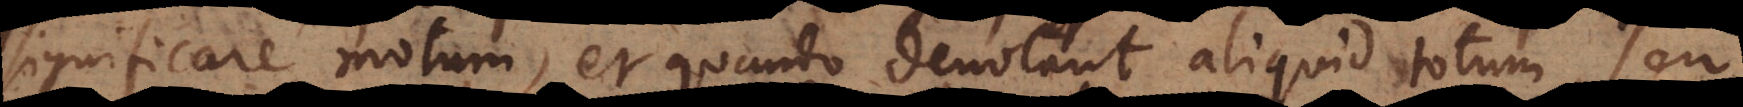
significare motum, et quando denotant aliquid totum, seu